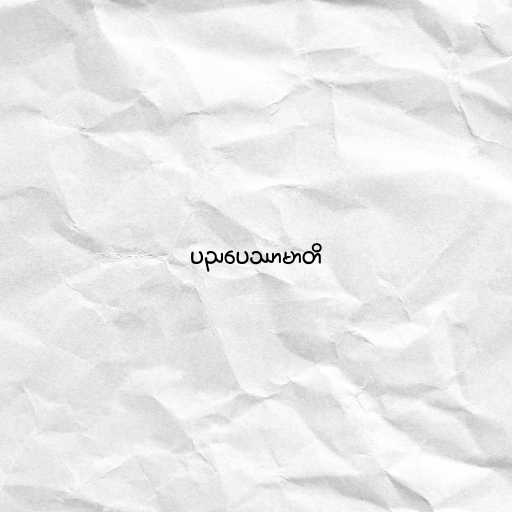
ပညပေဿာမာတိ